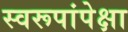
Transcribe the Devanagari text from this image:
स्वरूपांपेक्षा